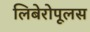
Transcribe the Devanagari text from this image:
लिबेरोपूलस